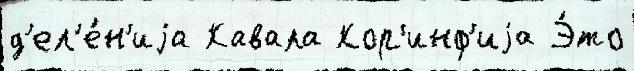
д'ел'е́н'иjа Кавала Кор'инф'иjа Э́то